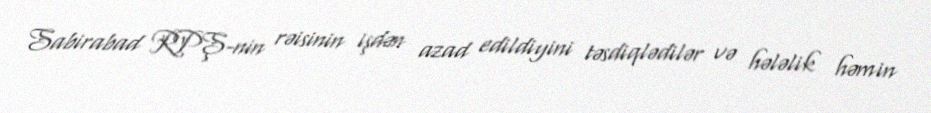
Sabirabad RPŞ-nin rəisinin işdən azad edildiyini təsdiqlədilər və hələlik həmin